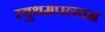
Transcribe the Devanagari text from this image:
रवुथमपलयम